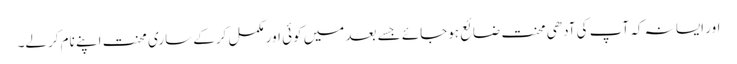
اور ایسا نہ کہ آپ کی آدھی محنت ضائع ہوجائے جسے بعد میں کوئی اور مکمل کرکے ساری محنت اپنے نام کرلے۔